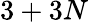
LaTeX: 3+3N